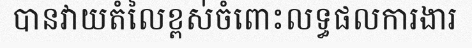
បានវាយតំលៃខ្ពស់ចំពោះលទ្ធផលការងារ